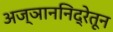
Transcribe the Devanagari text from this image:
अज्ञाननिद्रेतून